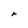
Character: r